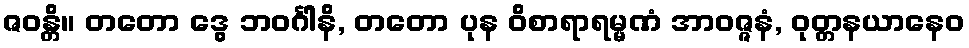
ဇဝန္တိ။ တတော ဒွေ ဘဝင်္ဂါနိ, တတော ပုန ဝိစာရာရမ္မဏံ အာဝဇ္ဇနံ, ဝုတ္တနယာနေဝ